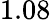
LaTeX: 1.08